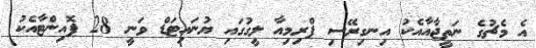
އެ މެޗުގެ ނަތީޖާއާއެކު އިނގިރޭސި ޕްރިމިއާ ލީގުގައި ޔުނައިޓަޑް ވަނީ 28 ޕޮއިންޓާއެކު